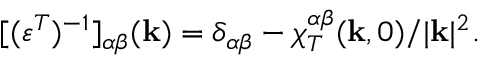
[ ( \varepsilon ^ { T } ) ^ { - 1 } ] _ { \alpha \beta } ( { \bf k } ) = \delta _ { \alpha \beta } - { \chi } _ { T } ^ { \alpha \beta } ( { \bf k } , 0 ) / | { \bf k } | ^ { 2 } .